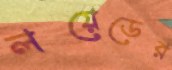
লয়েডের